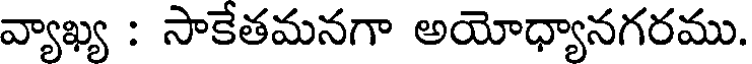
వ్యాఖ్య : సాకేతమనగా అయోధ్యానగరము.